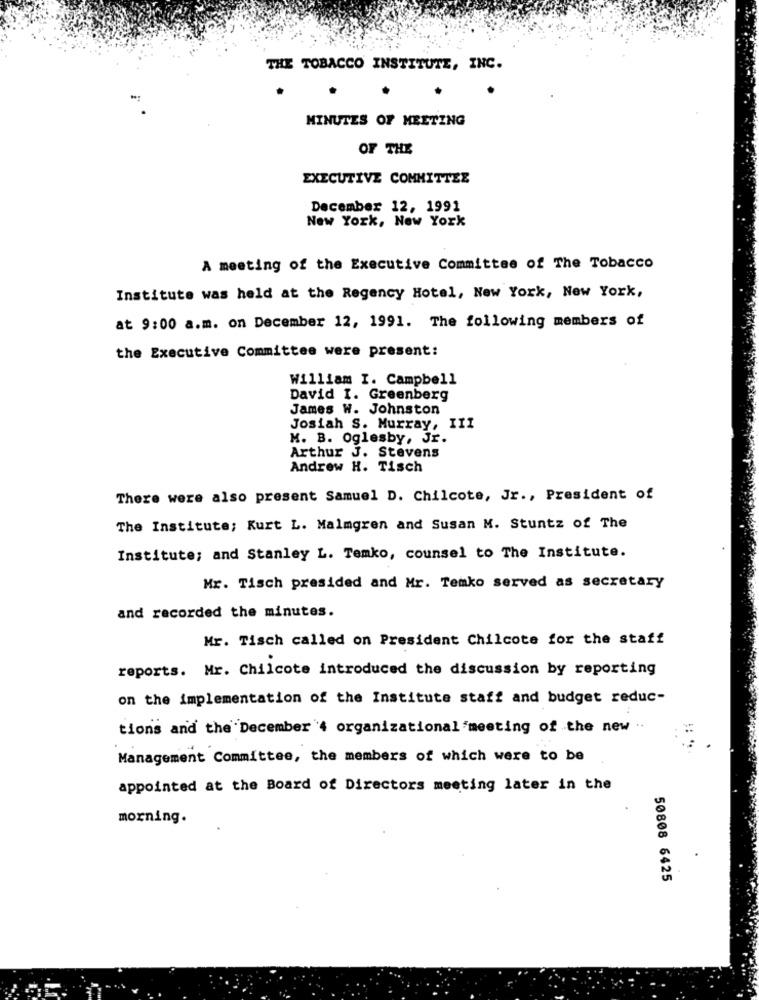
THE TOBACCO INSTITUTE, INC.
MINUTES OF MEETING
OF THE
EXECUTIVE COMMITTEE
December 12, 1991
New York, New York
A meeting of the Executive Committee of The Tobacco
Institute was held at the Regency Hotel, New York, New York,
at 9:00 a.m. on December 12, 1991. The following members of
the Executive Committee were present:
William I. Campbell
David I. Greenberg
James W. Johnston
Josiah S. Murray, III
M. B. Oglesby, Jr.
Arthur J. Stevens
Andrew H. Tisch
There were also present Samuel D. Chilcote, Jr ., President of
The Institute; Kurt L. Malmgren and Susan M. Stuntz of The
Institute; and Stanley L. Temko, counsel to The Institute.
Mr. Tisch presided and Mr. Temko served as secretary
and recorded the minutes.
Mr. Tisch called on President Chilcote for the staff
reports. Mr. Chilcote introduced the discussion by reporting
on the implementation of the Institute staff and budget reduc-
tions and the December'4 organizational meeting of the new
Management Committee, the members of which were to be
appointed at the Board of Directors meeting later in the
morning.
50808 6425